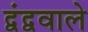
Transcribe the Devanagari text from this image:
द्वंद्ववाले